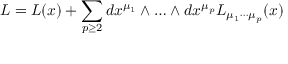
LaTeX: L = L ( x ) + \sum _ { p \ge 2 } d x ^ { \mu _ { 1 } } \wedge \ldots \wedge d x ^ { \mu _ { p } } L _ { \mu _ { 1 } \cdots \mu _ { p } } ( x )